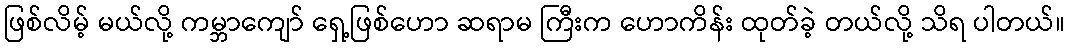
ဖြစ်လိမ့် မယ်လို့ ကမ္ဘာကျော် ရှေ့ဖြစ်ဟော ဆရာမ ကြီးက ဟောကိန်း ထုတ်ခဲ့ တယ်လို့ သိရ ပါတယ်။